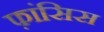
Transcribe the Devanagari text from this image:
फ़ांसिस